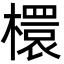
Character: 檈